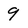
Character: 9